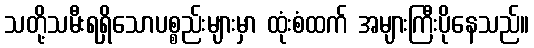
သတို့သမီးရရှိသောပစ္စည်းများမှာ ထုံးစံထက် အများကြီးပိုနေသည်။